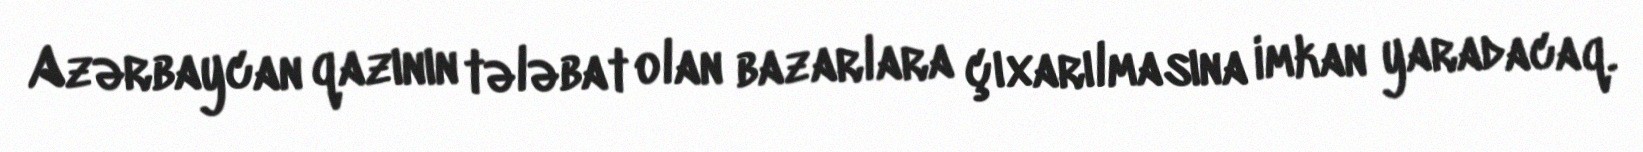
Azərbaycan qazının tələbat olan bazarlara çıxarılmasına imkan yaradacaq.